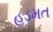
હડમત